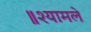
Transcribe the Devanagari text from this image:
॥श्यामले